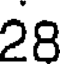
28